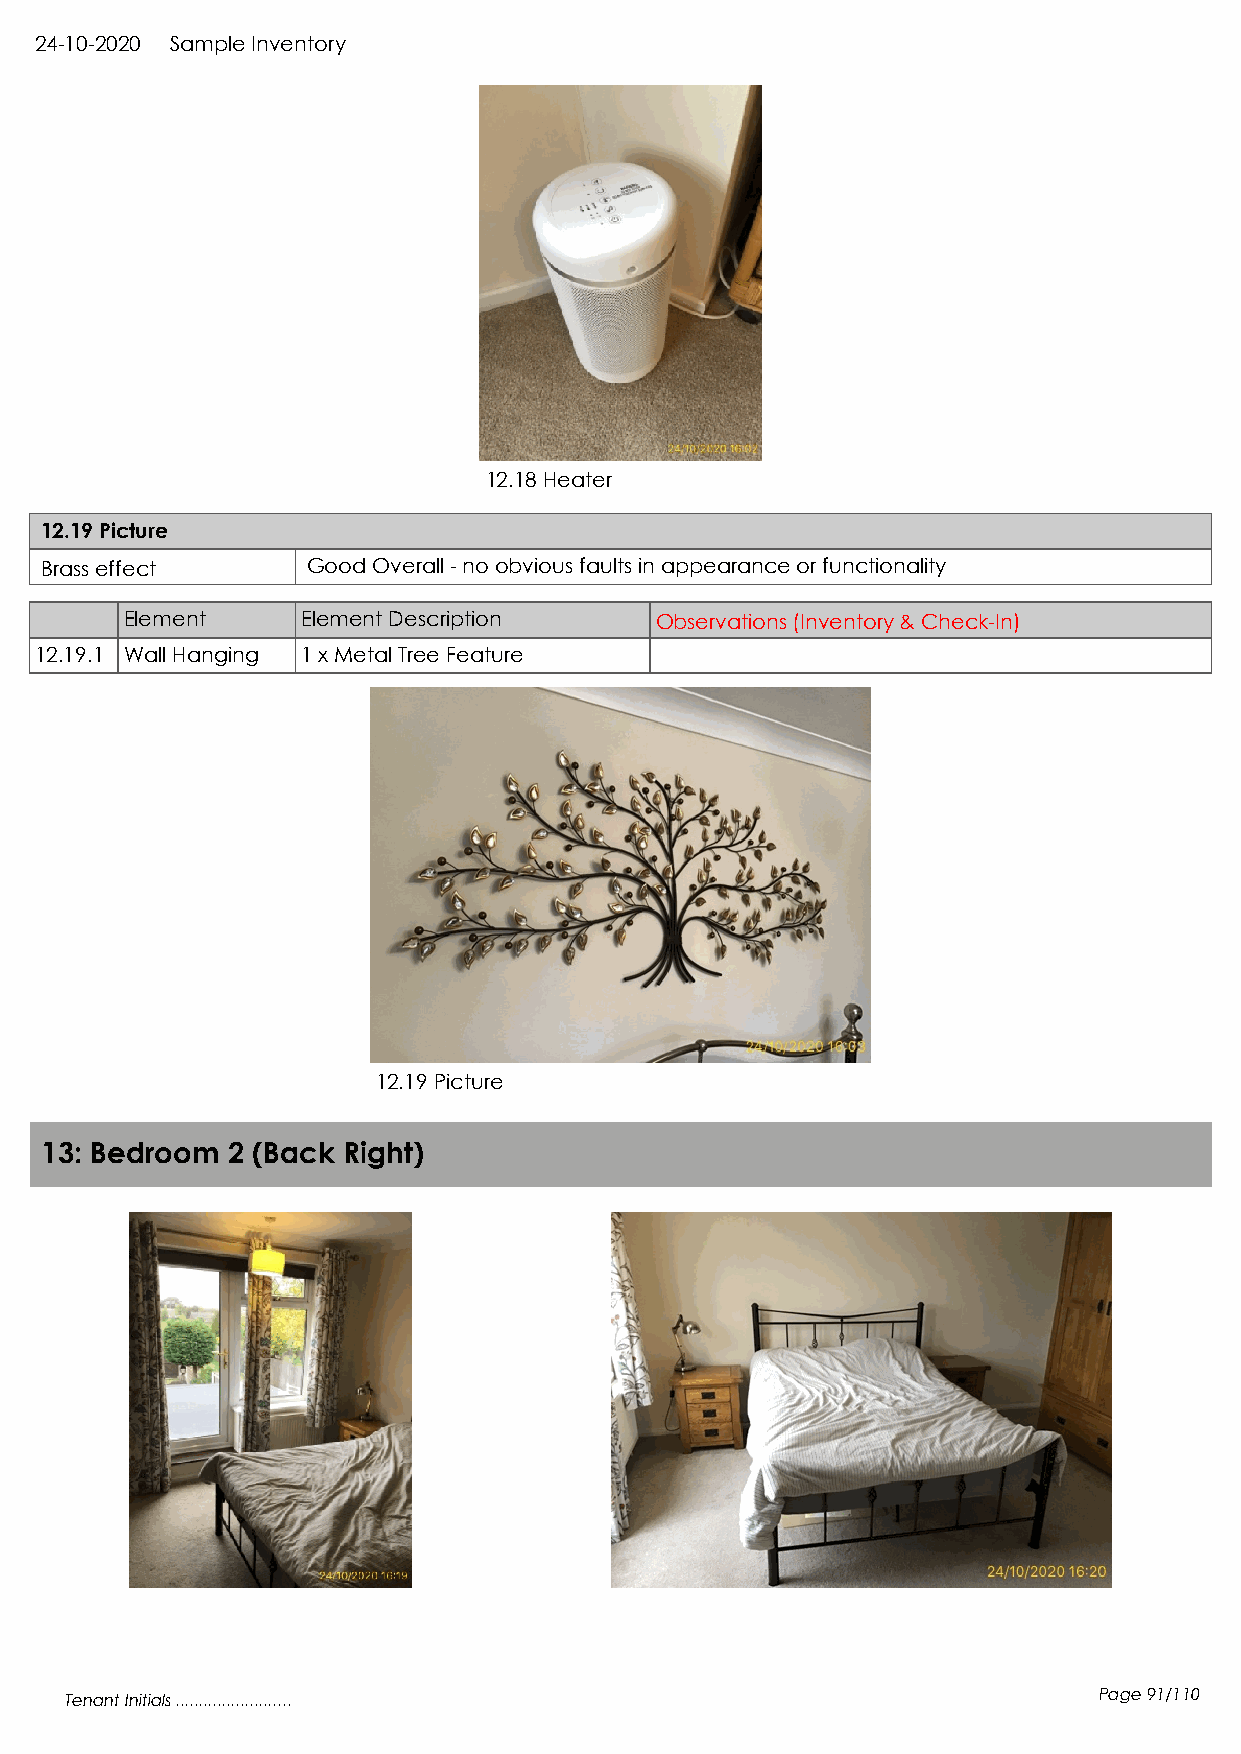
24-10-2020 Sample Inventory
 12.18 Heater
 12.19 Picture
 Brass effect     Good Overall - no obvious faults in appearance or functionality
 Element     Element Description    Observations (Inventory & Check-In)
 12.19.1 Wall Hanging 1 x Metal Tree Feature
 12.19 Picture
 13: Bedroom 2 (Back Right)
 Tenant Initials .........................                            Page 91/110